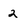
Character: 2